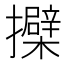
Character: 𢹐